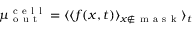
\mu _ { \mathrm { ~ o ~ u ~ t ~ } } ^ { \mathrm { ~ c ~ e ~ l ~ l ~ } } = \langle \langle f ( x , t ) \rangle _ { x \notin \mathrm { ~ m ~ a ~ s ~ k ~ } } \rangle _ { t }